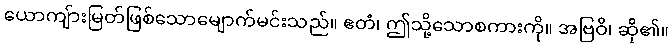
ယောကျ်ားမြတ်ဖြစ်သောမျောက်မင်းသည်။ ဧတံ၊ ဤသို့သောစကားကို။ အဗြဝိ၊ ဆို၏။